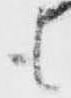
も